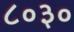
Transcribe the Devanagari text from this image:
८०३०